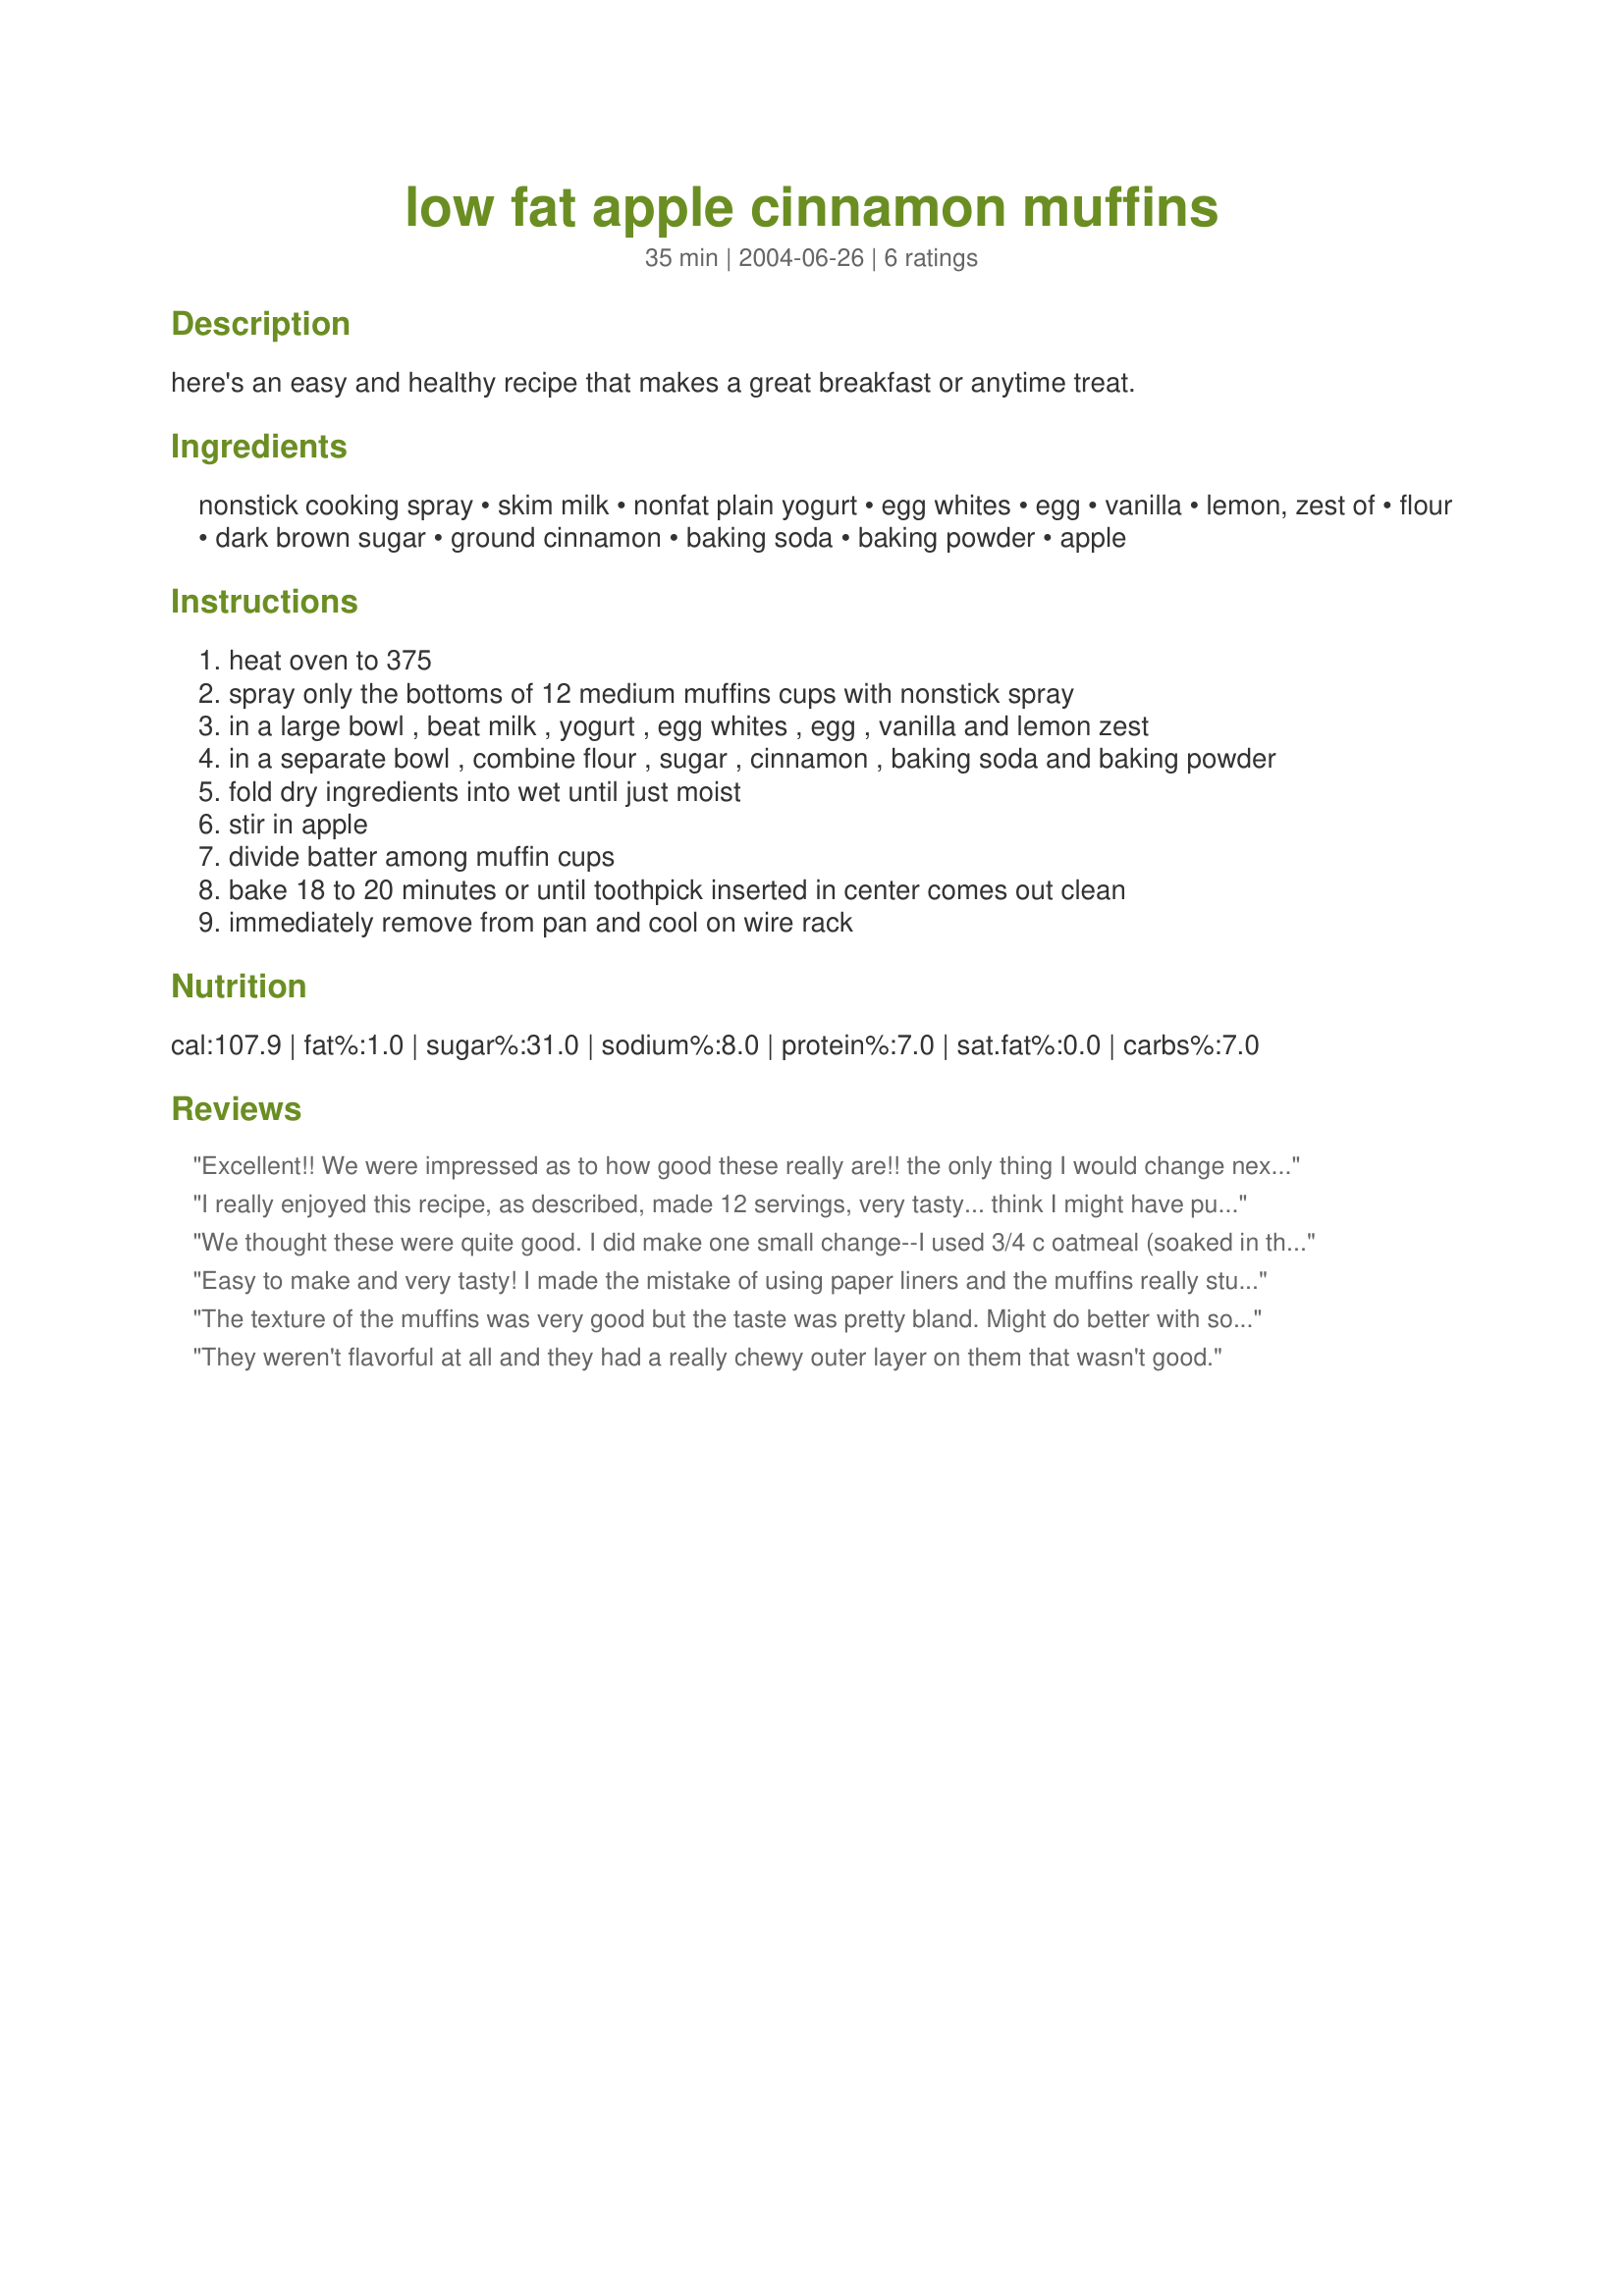
low fat apple cinnamon muffins
Preparation time: 35 minutes

here's an easy and healthy recipe that makes a great breakfast or anytime treat.

Ingredients:
nonstick cooking spray, skim milk, nonfat plain yogurt, egg whites, egg, vanilla, lemon, zest of, flour, dark brown sugar, ground cinnamon, baking soda, baking powder, apple

Steps:
heat oven to 375
spray only the bottoms of 12 medium muffins cups with nonstick spray
in a large bowl , beat milk , yogurt , egg whites , egg , vanilla and lemon zest
in a separate bowl , combine flour , sugar , cinnamon , baking soda and baking powder
fold dry ingredients into wet until just moist
stir in apple
divide batter among muffin cups
bake 18 to 20 minutes or until toothpick inserted in center comes out clean
immediately remove from pan and cool on wire rack

Reviews:
Excellent!! We were impressed as to how good these really are!! the only thing I would change next time is to spray entire muffin cup with non-stick baking spray. A KEEPER... thank you so much for sharing.
I really enjoyed this recipe, as described, made 12 servings, very tasty... think I might have put a bit more cinnamon in but I adore cinnamon so I guess thats to each persons taste!
Thanks for a lovely recipe... I am a weight watcher so it was great to get a low fat recipe which was actually enjoyable!
We thought these were quite good. I did make one small change--I used 3/4 c oatmeal (soaked in the milk for a few minutes) and 3/4 c ap flour. I just like the texture and fiber you get from oatmeal. I also left the peel on the apple for fiber. Finally, I sprinkled the tops with a very little bit of cinnamon sugar after they came out of the oven. These are not super sweet, but were just sweet enough for our tastes. DH ate 7, so they must be a keeper :). Thanks, Chris!
Easy to make and very tasty! I made the mistake of using paper liners and the muffins really stuck to them, so, next time I will follow the directions as posted!:) Thanks for posting!
The texture of the muffins was very good but the taste was pretty bland. Might do better with some sort of glaze on top.
They weren't flavorful at all and they had a really chewy outer layer on them that wasn't good.
